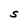
Character: S